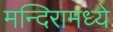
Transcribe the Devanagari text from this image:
मन्दिरामध्ये